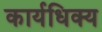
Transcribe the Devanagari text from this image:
कार्यधिक्य